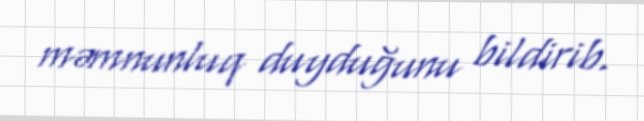
məmnunluq duyduğunu bildirib.